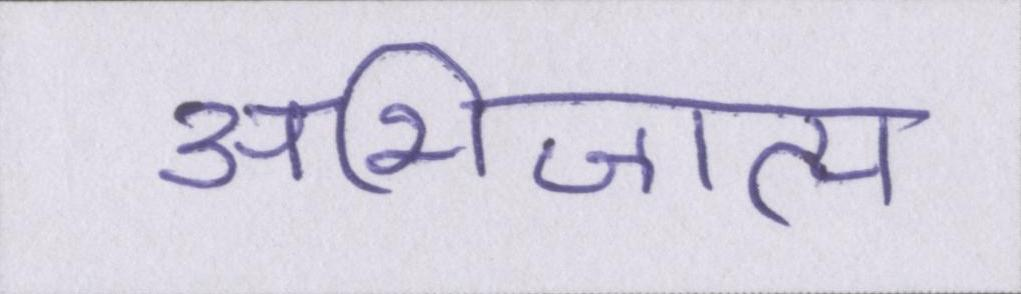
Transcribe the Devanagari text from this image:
अभिजात्य